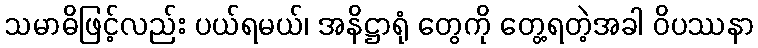
သမာဓိဖြင့်လည်း ပယ်ရမယ်၊ အနိဋ္ဌာရုံ တွေကို တွေ့ရတဲ့အခါ ဝိပဿနာ